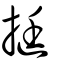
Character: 挺